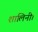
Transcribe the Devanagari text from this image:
शालिनी।